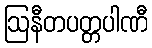
ဩနီတပတ္တပါဏီ